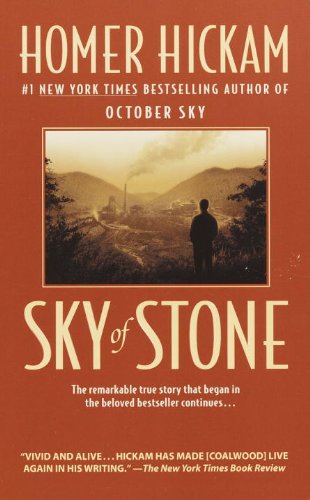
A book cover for Sky of Stone: A Memoir; Homer Hickam; Biographies & Memoirs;